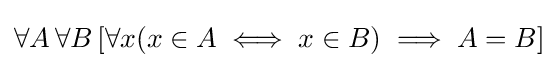
\forall A\,\forall B\,[\forall x(x\in A\iff x\in B)\implies A=B]